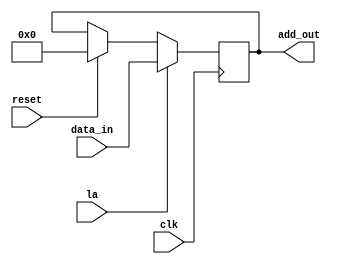
`timescale 1ns / 1ps
//////////////////////////////////////////////////////////////////////////////////
// Company: 
// Engineer: 
// 
// Design Name: 
// Module Name: register_a
// Project Name: 
// Target Devices: 
// Tool Versions: 
// Description: 
// 
// Dependencies: 
// 
// Revision:
// Revision 0.01 - File Created
// Additional Comments:
// 
//////////////////////////////////////////////////////////////////////////////////


module register (
  input clk,
  input reset,   //clr
  input [7:0] data_in,    // [7:0]w from ir instr_out_l to mar to prom 8 
  input la,
  output  [7:0] add_out
);

reg [7:0] add_out1;

 always @(posedge clk) begin
    if (reset) begin
      add_out1 <= 0;
    end
    if (la) begin 
      add_out1 <= data_in;
    end 

  end

assign add_out = add_out1;

endmodule